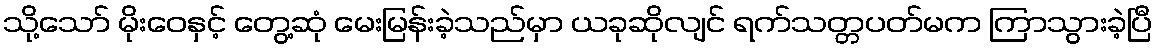
သို့သော် မိုးဝေနှင့် တွေ့ဆုံ မေးမြန်းခဲ့သည်မှာ ယခုဆိုလျင် ရက်သတ္တပတ်မက ကြာသွားခဲ့ပြီ